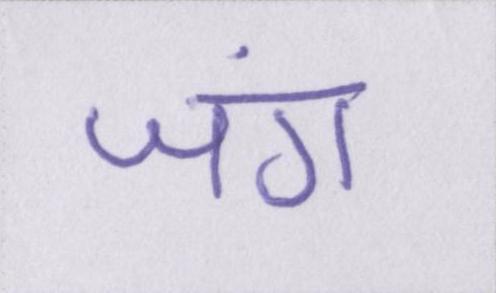
जंग